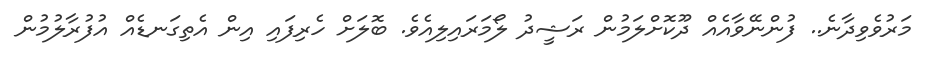
މަރުވެވިދާނެ.. ފުންނޭވާއެއް ދޫކޮށްލަމުން ރަޝީދު ލޯމަރައިލިއެވެ. ބޮލަށް ހެރިފައި އިން އެތިގަނޑެއް އުފުރާލުމުން